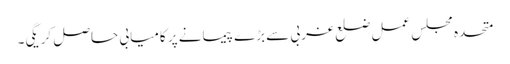
متحدہ مجلس عمل ضلع غربی سے بڑے پیمانے پر کامیابی حاصل کریگی۔